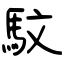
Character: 馼